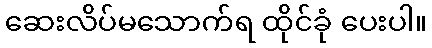
ဆေးလိပ်မသောက်ရ ထိုင်ခုံ ပေးပါ။